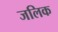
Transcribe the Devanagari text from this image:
जलिक